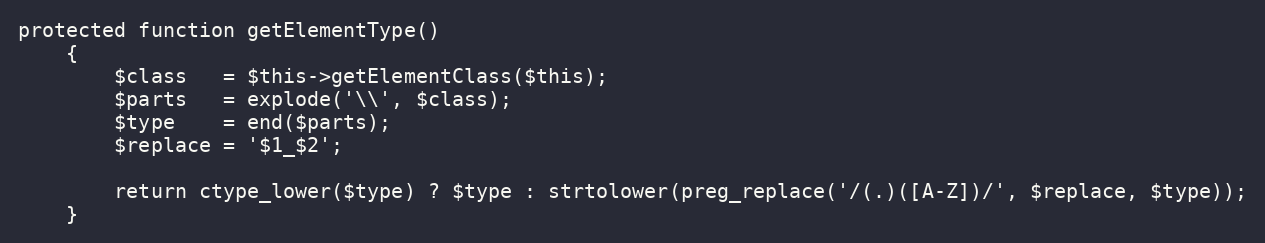
Language: PHP
protected function getElementType()
    {
        $class   = $this->getElementClass($this);
        $parts   = explode('\\', $class);
        $type    = end($parts);
        $replace = '$1_$2';

        return ctype_lower($type) ? $type : strtolower(preg_replace('/(.)([A-Z])/', $replace, $type));
    }